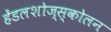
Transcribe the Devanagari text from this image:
हेंडलशोज्स्कोलन